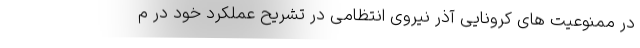
در ممنوعیت های کرونایی آذر نیروی انتظامی در تشریح عملکرد خود در م